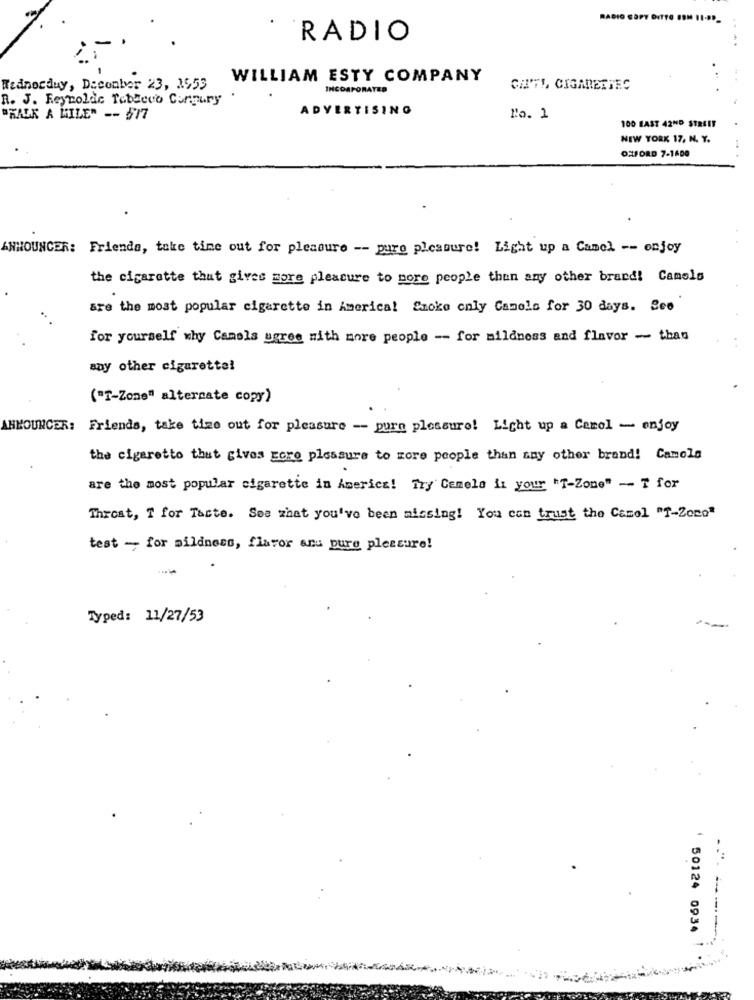
RAD
RADIO
WILLIAM ESTY COMPANY
Widnocduy, Daconber 23, 3553
INCORPORATED
CAN'T !, CIGARETTES
R. J. Reynolds Teblevo Congury
ADVERTISING
"KALK A KILER -- 577
no. 1
100 EAST 42ND STREET
NEW YORK 17, N. Y.
OXFORD 7-1600
ANNOUNCER: Friends, take time out for pleasure -- pure pleasure! Light up a Camel -- onjoy
the cigarette that gives more pleasure to pore people thun any other brand! Camels
are the most popular cigarette in America! Smoke only Camels for 30 days. See
for yourself why Camels agree with more people - for mildness and flavor - that
any other cigarette!
("T-Zone" alternate copy)
ANNOUNCER: Friends, take time out for pleasure - pure pleasure! Light up a Carol - enjoy
the cigaretto that gives Ecre plessure to more people than any other brand! Camola
are the most popular cigarette in America! Try Cemela in your "T-Zone" - T for
Threat, T for Taste. See what you've been missing! You can trust the Camel "T-Zono"
test -, for mildness, flavor anu pure pleasure!
Typed: 11/27/53
50124 0934